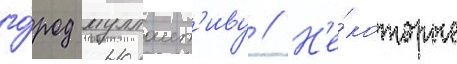
го́род муллаит'иву // Н'е́которые